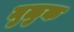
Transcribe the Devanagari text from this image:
मुळुक